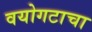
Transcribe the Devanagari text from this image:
वयोगटाचा